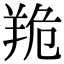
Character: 䍯